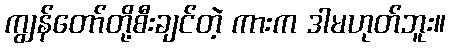
ကျွန်တော်တို့စီးချင်တဲ့ ကားက ဒါမဟုတ်ဘူး။